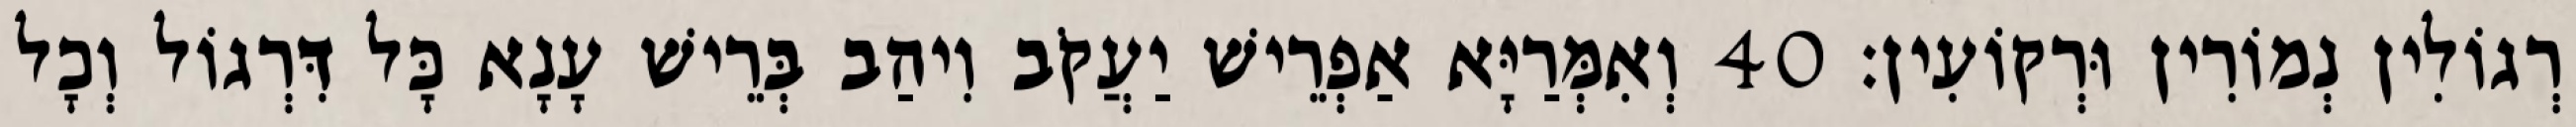
רְגוֹלִין נְמוֹרִין וּרְקוֹעִין׃ 40 וְאִמְּרַיָּא אַפְרֵישׁ יַעֲקֹב וִיהַב בְּרֵישׁ עָנָא כָּל דִּרְגוֹל וְכָל